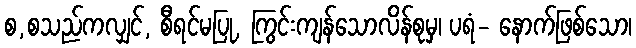
စ,စသည်ကလျှင်, စီရင်မပြု, ကြွင်းကျန်သောလိန်စုမှ၊ ပရံ- နောက်ဖြစ်သော၊